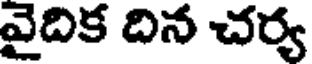
వైదిక దిన చర్య